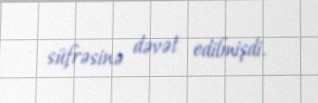
süfrəsinə dəvət edilmişdi.